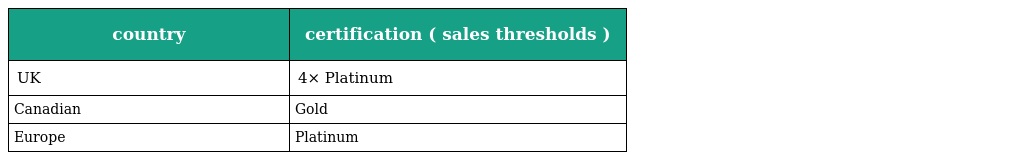
| country | certification ( sales thresholds ) |
 | --- | --- |
 | UK | 4× Platinum |
 | Canadian | Gold |
 | Europe | Platinum |